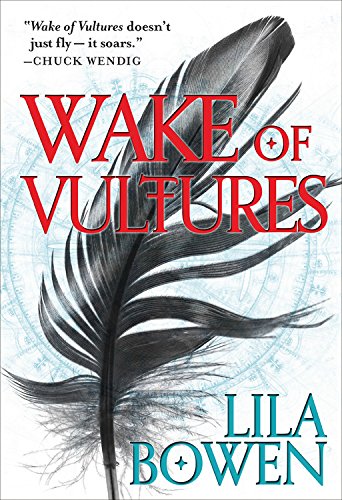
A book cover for Wake of Vultures (The Shadow); Lila Bowen; Science Fiction & Fantasy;